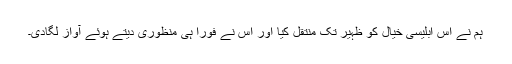
ہم نے اس ابلیسی خیال کو ظہیر تک منتقل کیا اور اس نے فورا ہی منظوری دیتے ہوئے آواز لگادی۔